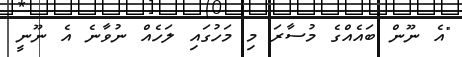
"އެ ނޫން ބައެއްގެ މުސާރަ މި މަހުގައި ލަހެއް ނުވާނެ އެ ނޫނީ